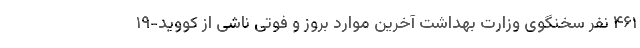
۴۶۱ نفر سخنگوی وزارت بهداشت آخرین موارد بروز و فوتی ناشی از کووید-۱۹